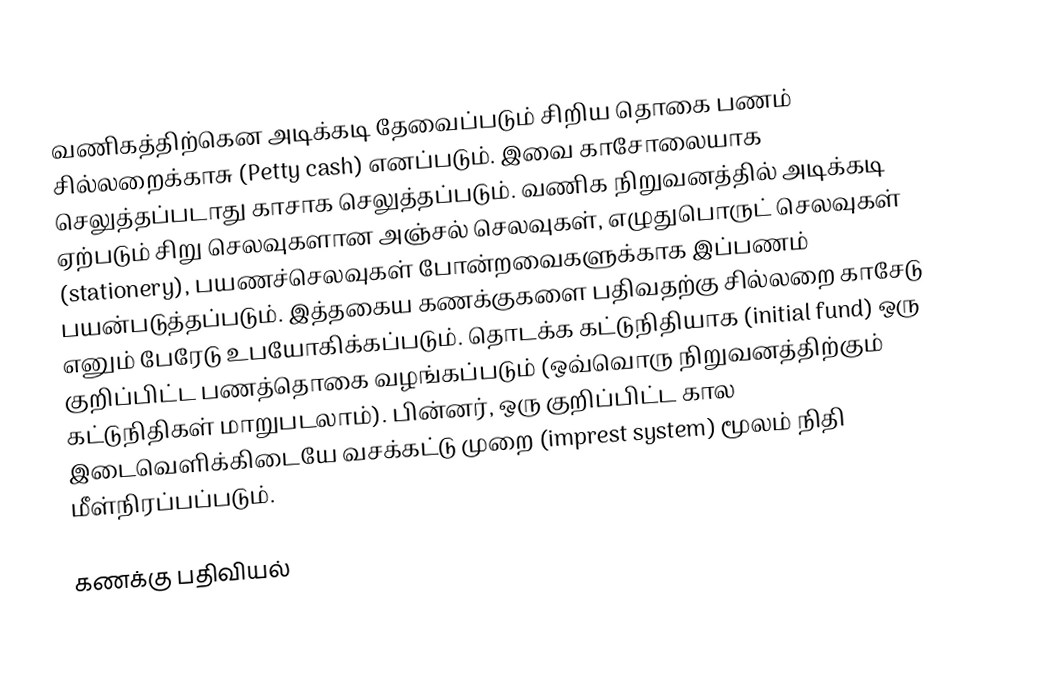
வணிகத்திற்கென அடிக்கடி தேவைப்படும் சிறிய தொகை பணம் சில்லறைக்காசு (Petty cash) எனப்படும். இவை காசோலையாக செலுத்தப்படாது காசாக செலுத்தப்படும். வணிக நிறுவனத்தில் அடிக்கடி ஏற்படும் சிறு செலவுகளான அஞ்சல் செலவுகள், எழுதுபொருட் செலவுகள் (stationery), பயணச்செலவுகள் போன்றவைகளுக்காக இப்பணம் பயன்படுத்தப்படும். இத்தகைய கணக்குகளை பதிவதற்கு சில்லறை காசேடு எனும் பேரேடு உபயோகிக்கப்படும். தொடக்க கட்டுநிதியாக (initial fund) ஒரு குறிப்பிட்ட பணத்தொகை வழங்கப்படும் (ஒவ்வொரு நிறுவனத்திற்கும் கட்டுநிதிகள் மாறுபடலாம்). பின்னர், ஒரு குறிப்பிட்ட கால இடைவெளிக்கிடையே வசக்கட்டு முறை (imprest system) மூலம் நிதி மீள்நிரப்பப்படும்.

கணக்கு பதிவியல்